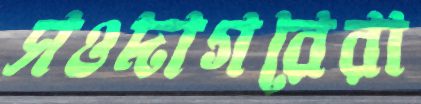
সওদাগরেরা